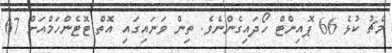
މެޗު ކުޅެ 66 ޕޮއިންޓް ހޯދައިގެންނެވެ. ތިން ވަނައިގައި އޮތް ޓޮޓެންހަމްއަށް 67